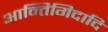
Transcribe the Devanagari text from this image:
आन्तिगिदादि